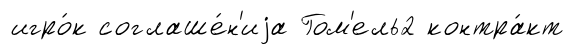
игро́к соглаше́н'иjа Гом'ель2 контра́кт